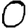
Digit: 0